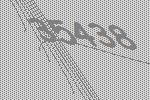
35438